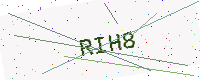
Text: RIH8